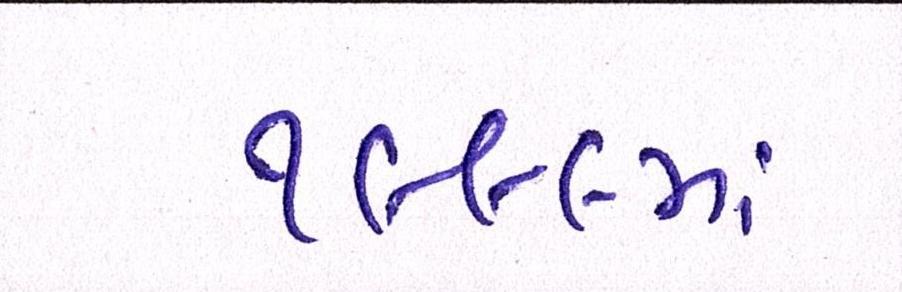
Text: ૧૯૯૯માં